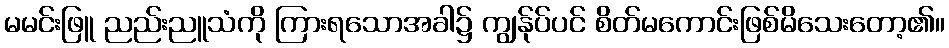
မမင်းဖြူ ညည်းညူသံကို ကြားရသောအခါ၌ ကျွန်ုပ်ပင် စိတ်မကောင်းဖြစ်မိသေးတော့၏။